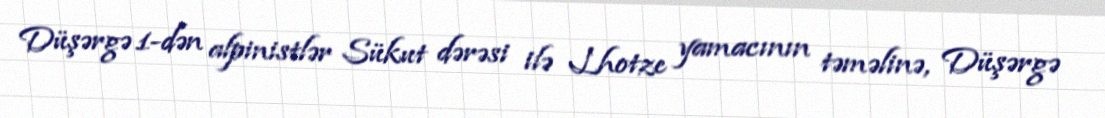
Düşərgə 1-dən alpinistlər Sükut dərəsi ilə Lhotze yamacının təməlinə, Düşərgə